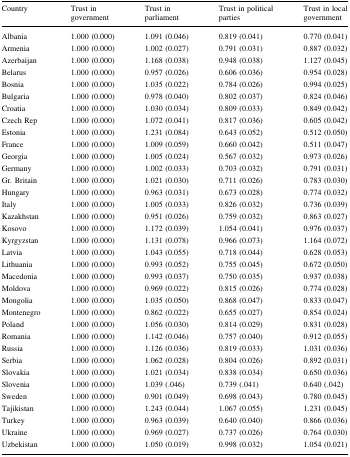
<table><thead><tr><td><b>Country</b></td><td><b>Trust in government</b></td><td><b>Trust in parliament</b></td><td><b>Trust in political parties</b></td><td><b>Trust in local government</b></td></tr></thead><tbody><tr><td>Albania</td><td>1.000 (0.000)</td><td>1.091 (0.046)</td><td>0.819 (0.041)</td><td>0.770 (0.041)</td></tr><tr><td>Armenia</td><td>1.000 (0.000)</td><td>1.002 (0.027)</td><td>0.791 (0.031)</td><td>0.887 (0.032)</td></tr><tr><td>Azerbaijan</td><td>1.000 (0.000)</td><td>1.168 (0.038)</td><td>0.948 (0.038)</td><td>1.127 (0.045)</td></tr><tr><td>Belarus</td><td>1.000 (0.000)</td><td>0.957 (0.026)</td><td>0.606 (0.036)</td><td>0.954 (0.028)</td></tr><tr><td>Bosnia</td><td>1.000 (0.000)</td><td>1.035 (0.022)</td><td>0.784 (0.026)</td><td>0.994 (0.025)</td></tr><tr><td>Bulgaria</td><td>1.000 (0.000)</td><td>0.978 (0.040)</td><td>0.802 (0.037)</td><td>0.824 (0.046)</td></tr><tr><td>Croatia</td><td>1.000 (0.000)</td><td>1.030 (0.034)</td><td>0.809 (0.033)</td><td>0.849 (0.042)</td></tr><tr><td>Czech Rep</td><td>1.000 (0.000)</td><td>1.072 (0.041)</td><td>0.817 (0.036)</td><td>0.605 (0.042)</td></tr><tr><td>Estonia</td><td>1.000 (0.000)</td><td>1.231 (0.084)</td><td>0.643 (0.052)</td><td>0.512 (0.050)</td></tr><tr><td>France</td><td>1.000 (0.000)</td><td>1.009 (0.059)</td><td>0.660 (0.042)</td><td>0.511 (0.047)</td></tr><tr><td>Georgia</td><td>1.000 (0.000)</td><td>1.005 (0.024)</td><td>0.567 (0.032)</td><td>0.973 (0.026)</td></tr><tr><td>Germany</td><td>1.000 (0.000)</td><td>1.002 (0.033)</td><td>0.703 (0.032)</td><td>0.791 (0.031)</td></tr><tr><td>Gr. Britain</td><td>1.000 (0.000)</td><td>1.021 (0.030)</td><td>0.711 (0.026)</td><td>0.783 (0.030)</td></tr><tr><td>Hungary</td><td>1.000 (0.000)</td><td>0.963 (0.031)</td><td>0.673 (0.028)</td><td>0.774 (0.032)</td></tr><tr><td>Italy</td><td>1.000 (0.000)</td><td>1.005 (0.033)</td><td>0.826 (0.032)</td><td>0.736 (0.039)</td></tr><tr><td>Kazakhstan</td><td>1.000 (0.000)</td><td>0.951 (0.026)</td><td>0.759 (0.032)</td><td>0.863 (0.027)</td></tr><tr><td>Kosovo</td><td>1.000 (0.000)</td><td>1.172 (0.039)</td><td>1.054 (0.041)</td><td>0.976 (0.037)</td></tr><tr><td>Kyrgyzstan</td><td>1.000 (0.000)</td><td>1.131 (0.078)</td><td>0.966 (0.073)</td><td>1.164 (0.072)</td></tr><tr><td>Latvia</td><td>1.000 (0.000)</td><td>1.043 (0.055)</td><td>0.718 (0.044)</td><td>0.628 (0.053)</td></tr><tr><td>Lithuania</td><td>1.000 (0.000)</td><td>0.993 (0.052)</td><td>0.755 (0.045)</td><td>0.672 (0.050)</td></tr><tr><td>Macedonia</td><td>1.000 (0.000)</td><td>0.993 (0.037)</td><td>0.750 (0.035)</td><td>0.937 (0.038)</td></tr><tr><td>Moldova</td><td>1.000 (0.000)</td><td>0.969 (0.022)</td><td>0.815 (0.026)</td><td>0.774 (0.028)</td></tr><tr><td>Mongolia</td><td>1.000 (0.000)</td><td>1.035 (0.050)</td><td>0.868 (0.047)</td><td>0.833 (0.047)</td></tr><tr><td>Montenegro</td><td>1.000 (0.000)</td><td>0.862 (0.022)</td><td>0.655 (0.027)</td><td>0.854 (0.024)</td></tr><tr><td>Poland</td><td>1.000 (0.000)</td><td>1.056 (0.030)</td><td>0.814 (0.029)</td><td>0.831 (0.028)</td></tr><tr><td>Romania</td><td>1.000 (0.000)</td><td>1.142 (0.046)</td><td>0.757 (0.040)</td><td>0.912 (0.055)</td></tr><tr><td>Russia</td><td>1.000 (0.000)</td><td>1.126 (0.036)</td><td>0.819 (0.033)</td><td>1.031 (0.036)</td></tr><tr><td>Serbia</td><td>1.000 (0.000)</td><td>1.062 (0.028)</td><td>0.804 (0.026)</td><td>0.892 (0.031)</td></tr><tr><td>Slovakia</td><td>1.000 (0.000)</td><td>1.021 (0.034)</td><td>0.838 (0.034)</td><td>0.650 (0.036)</td></tr><tr><td>Slovenia</td><td>1.000 (0.000)</td><td>1.039 (.046)</td><td>0.739 (.041)</td><td>0.640 (.042)</td></tr><tr><td>Sweden</td><td>1.000 (0.000)</td><td>0.901 (0.049)</td><td>0.698 (0.043)</td><td>0.780 (0.045)</td></tr><tr><td>Tajikistan</td><td>1.000 (0.000)</td><td>1.243 (0.044)</td><td>1.067 (0.055)</td><td>1.231 (0.045)</td></tr><tr><td>Turkey</td><td>1.000 (0.000)</td><td>0.963 (0.039)</td><td>0.640 (0.040)</td><td>0.866 (0.036)</td></tr><tr><td>Ukraine</td><td>1.000 (0.000)</td><td>0.969 (0.027)</td><td>0.737 (0.026)</td><td>0.764 (0.030)</td></tr><tr><td>Uzbekistan</td><td>1.000 (0.000)</td><td>1.050 (0.019)</td><td>0.998 (0.032)</td><td>1.054 (0.021)</td></tr></tbody></table>